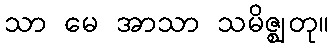
သာ မေ အာသာ သမိဇ္ဈတု။